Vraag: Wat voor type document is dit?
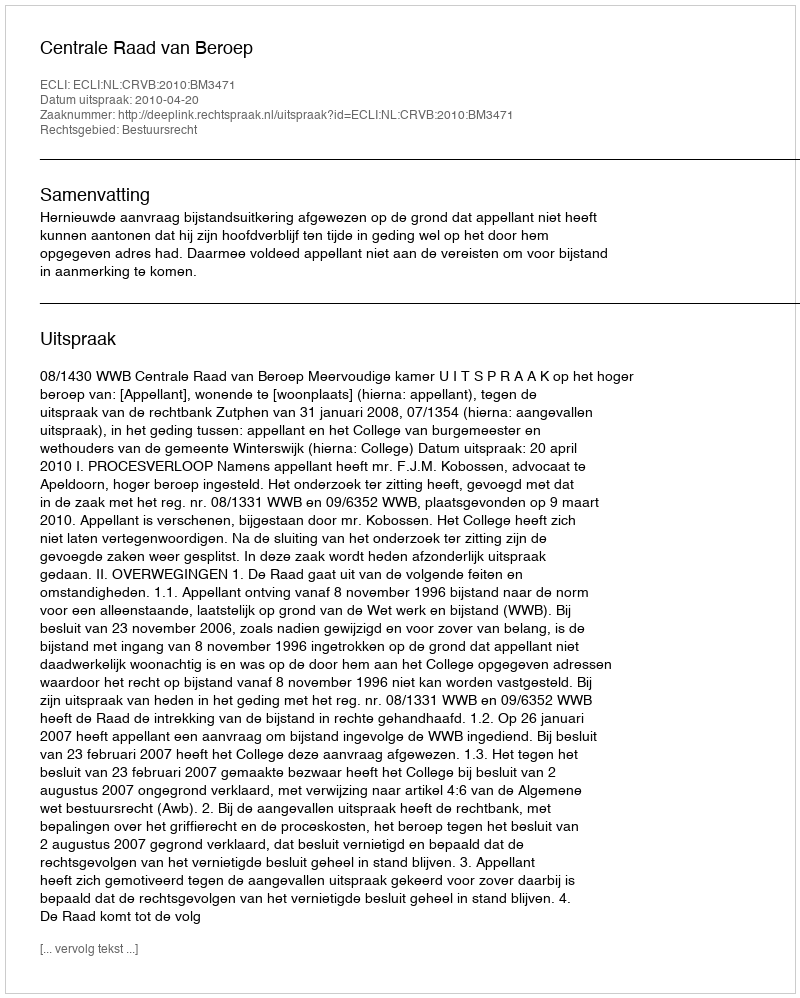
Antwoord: Uitspraak